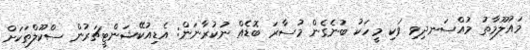
މައުލޫމާތު މުއްސަނދިވި ވަކި މީހަކު ބުނެގެން މުސާރަ ބޮޑެއް ނުކުރާނަން: އެޑިއުކޭޝަންޓީޗަރުން ސްކޫލްތަކަށް